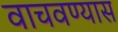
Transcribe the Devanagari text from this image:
वाचवण्यास